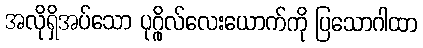
အလိုရှိအပ်သော ပုဂ္ဂိုလ်လေးယောက်ကို ပြသောဂါထာ